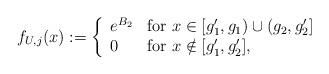
LaTeX: \begin{align*}f_{U, j}(x) := \left\{ \begin{array}{ll} e^{B_2} & \mbox{for $x \in [g_1', g_1) \cup (g_2, g_2']$} \\ 0 & \mbox{for $x \notin [g_1', g_2']$,}\end{array} \right.\end{align*}